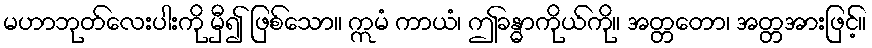
မဟာဘုတ်လေးပါးကို မှီ၍ ဖြစ်သော။ ဣမံ ကာယံ၊ ဤခန္ဓာကိုယ်ကို။ အတ္တတော၊ အတ္တအားဖြင့်။